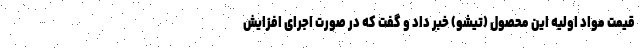
قیمت مواد اولیه این محصول (تیشو) خبر داد و گفت که در صورت اجرای افزایش